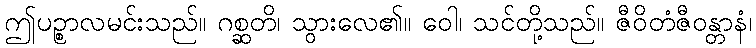
ဤပဉ္စာလမင်းသည်။ ဂစ္ဆတိ၊ သွားလေ၏။ ဝေါ၊ သင်တို့သည်။ ဇီဝိတံဇီဝန္တာနံ၊